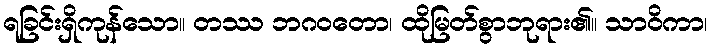
ရခြင်းရှိကုန်သော။ တဿ ဘဂဝတော၊ ထိုမြတ်စွာဘုရား၏။ သာဝိကာ၊